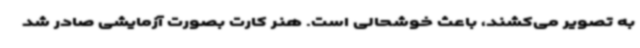
به تصویر می‌کشند، باعث خوشحالی است. هنر کارت بصورت آزمایشی صادر شد